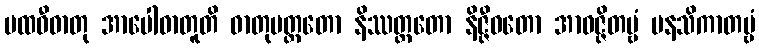
ပထဝီဓာတု အာပေါဓာတူတိ ဓာတုမတ္တတော နိဿတ္တတော နိဇ္ဇီဝတော အာဝဇ္ဇိတဗ္ဗံ မနသိကာတဗ္ဗံ